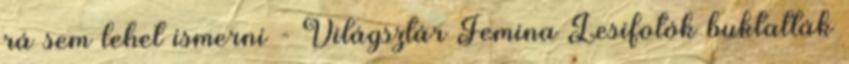
rá sem lehet ismerni - Világsztár Femina Lesifotók buktatták